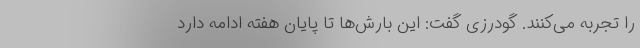
را تجربه می‌کنند. گودرزی گفت: این بارش‌ها تا پایان هفته ادامه دارد